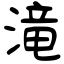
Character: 滝